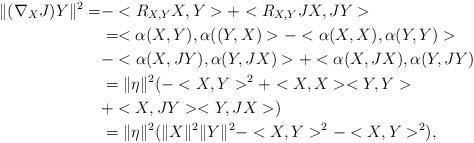
LaTeX: \begin{align*}\|(\nabla_{X}J)Y\|^{2}=&-<R_{X,Y}X,Y>+<R_{X,Y}JX,JY>\\&=<\alpha(X,Y),\alpha((Y,X)>-<\alpha(X,X),\alpha(Y,Y)>\\&-<\alpha(X,JY),\alpha(Y,JX)>+<\alpha(X,JX),\alpha(Y,JY)\\&=\|\eta\|^{2}(-<X,Y>^{2}+<X,X><Y,Y>\\&+<X,JY><Y,JX>)\\&=\|\eta\|^{2}(\|X\|^{2}\|Y\|^{2}-<X,Y>^{2}-<X,Y>^{2}),\end{align*}